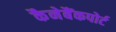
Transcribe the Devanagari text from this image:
कैनेबैंकपोर्ट